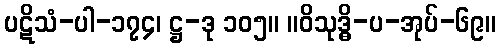
ပဋိသံ-ပါ-၁၇၄၊ ဋ္ဌ-ဒု ၁၀၅။ ။ဝိသုဒ္ဓိ-ပ-အုပ်-၆၉။